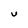
Character: U